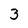
Character: 3